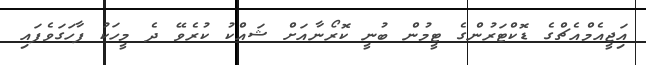
އަިޖީއެމްއެޗްގެ ޑޮކްޓަރުންގެ ޓީމުން ބުނީ ކޮރޯނާއަށް ޝައްކު ކުރެވޭ ދެ މީހަކު ފާހަގަވެފައި